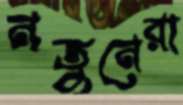
নতুনেরা